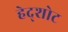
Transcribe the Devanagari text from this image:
हेद्शोट